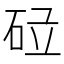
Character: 𱳷